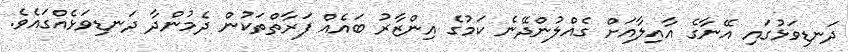
ދަނޑިވަޅުގައި އޭނާގެ އާއިލާއަށް ގެއްލުންދޭނެ ކަމުގެ އިންޒާރު ބައެއް ފަރާތްތަކުން ދެމުންދާ ދަނޑިވަޅެއްގައެވެ.